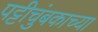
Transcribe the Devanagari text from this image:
पट्टीचुंबकाच्या